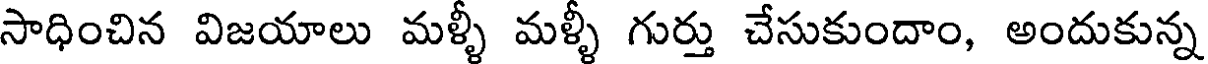
సాధించిన విజయాలు మళ్ళీ మళ్ళీ గుర్తు చేసుకుందాం, అందుకున్న